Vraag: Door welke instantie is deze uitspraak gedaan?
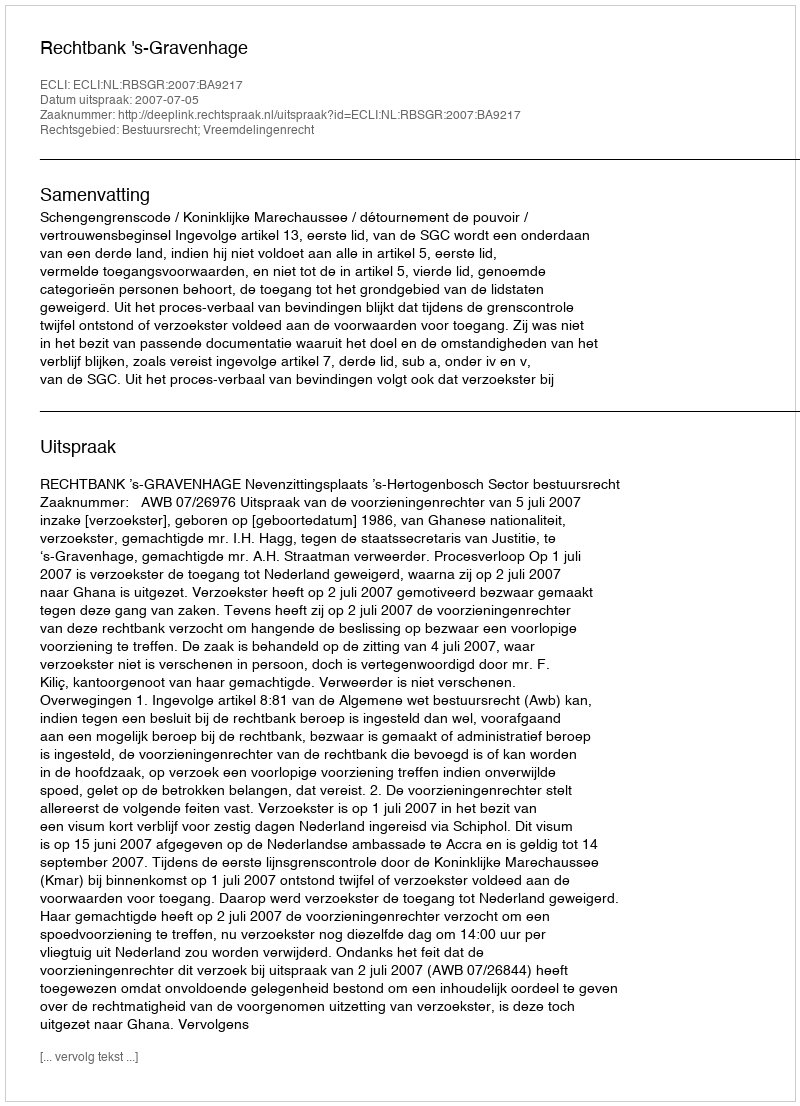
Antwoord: Rechtbank 's-Gravenhage